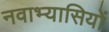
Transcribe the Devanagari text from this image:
नवाभ्यासियों